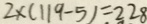
2 \times ( 1 1 9 - 5 ) = 2 2 8